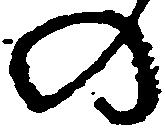
の